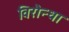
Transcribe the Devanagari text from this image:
विरौन्धा